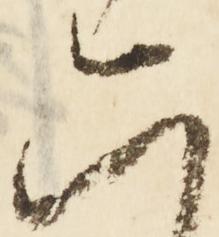
六